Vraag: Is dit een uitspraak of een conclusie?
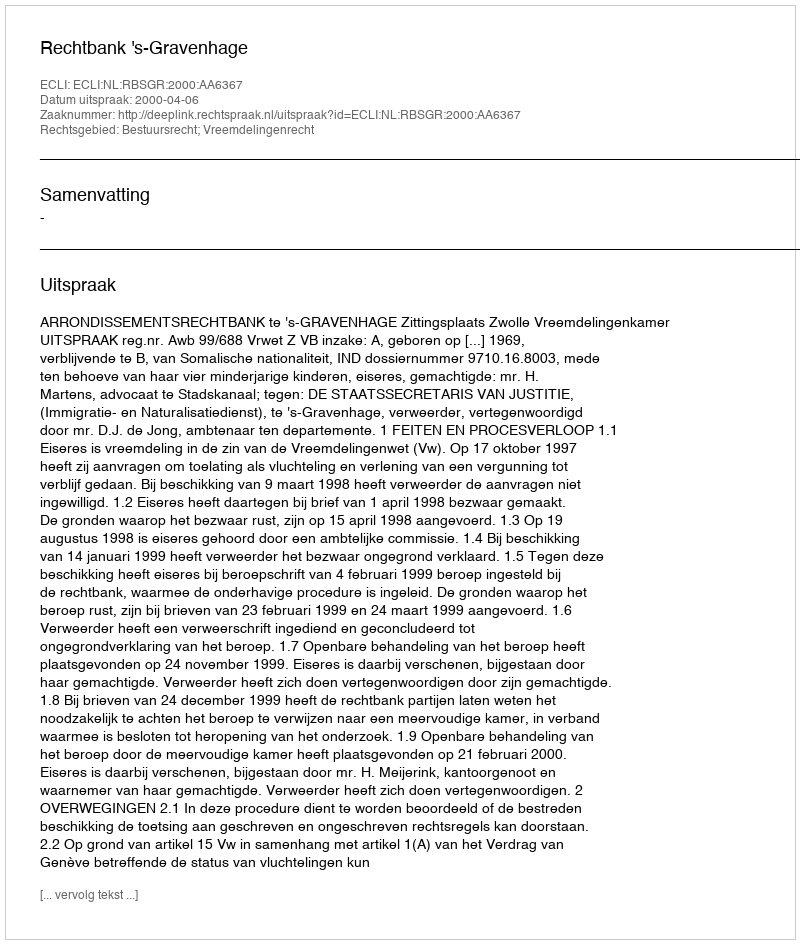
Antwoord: Uitspraak